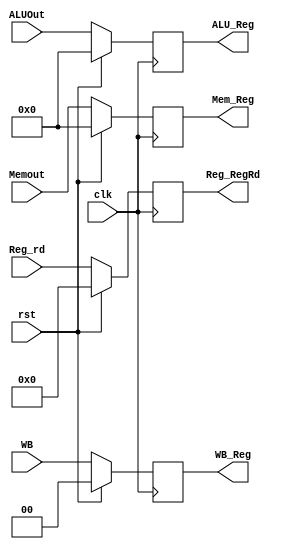
module MEM_WB( clk, rst, WB,     Memout,  ALUOut,  Reg_rd, 
					     WB_Reg, Mem_Reg, ALU_Reg, Reg_RegRd );

	input clk, rst;
	input [1:0] WB;
	input [4:0] Reg_rd;
	input [31:0] Memout, ALUOut;
	output reg [1:0] WB_Reg;
	output reg [31:0] Mem_Reg, ALU_Reg;
	output reg [4:0] Reg_RegRd;

	always@( posedge clk )
	begin
		if ( rst )
		begin
			WB_Reg = 0;
			Mem_Reg = 0;
			ALU_Reg = 0;
			Reg_RegRd = 0;
		end
		else
		begin
			WB_Reg <= WB;
			Mem_Reg <= Memout;
			ALU_Reg <= ALUOut;
			Reg_RegRd <= Reg_rd;		
		end
	end

endmodule